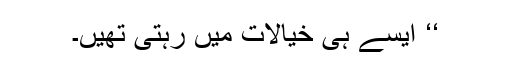
‘‘ ایسے ہی خیالات میں رہتی تھیں۔